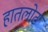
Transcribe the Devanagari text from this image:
हातलोट